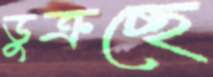
ডুক্‌রচ্ছে